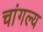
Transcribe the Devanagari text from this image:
चांगल्य